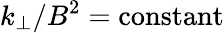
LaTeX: k_{\perp}/B^{2}=\mathrm{constant}